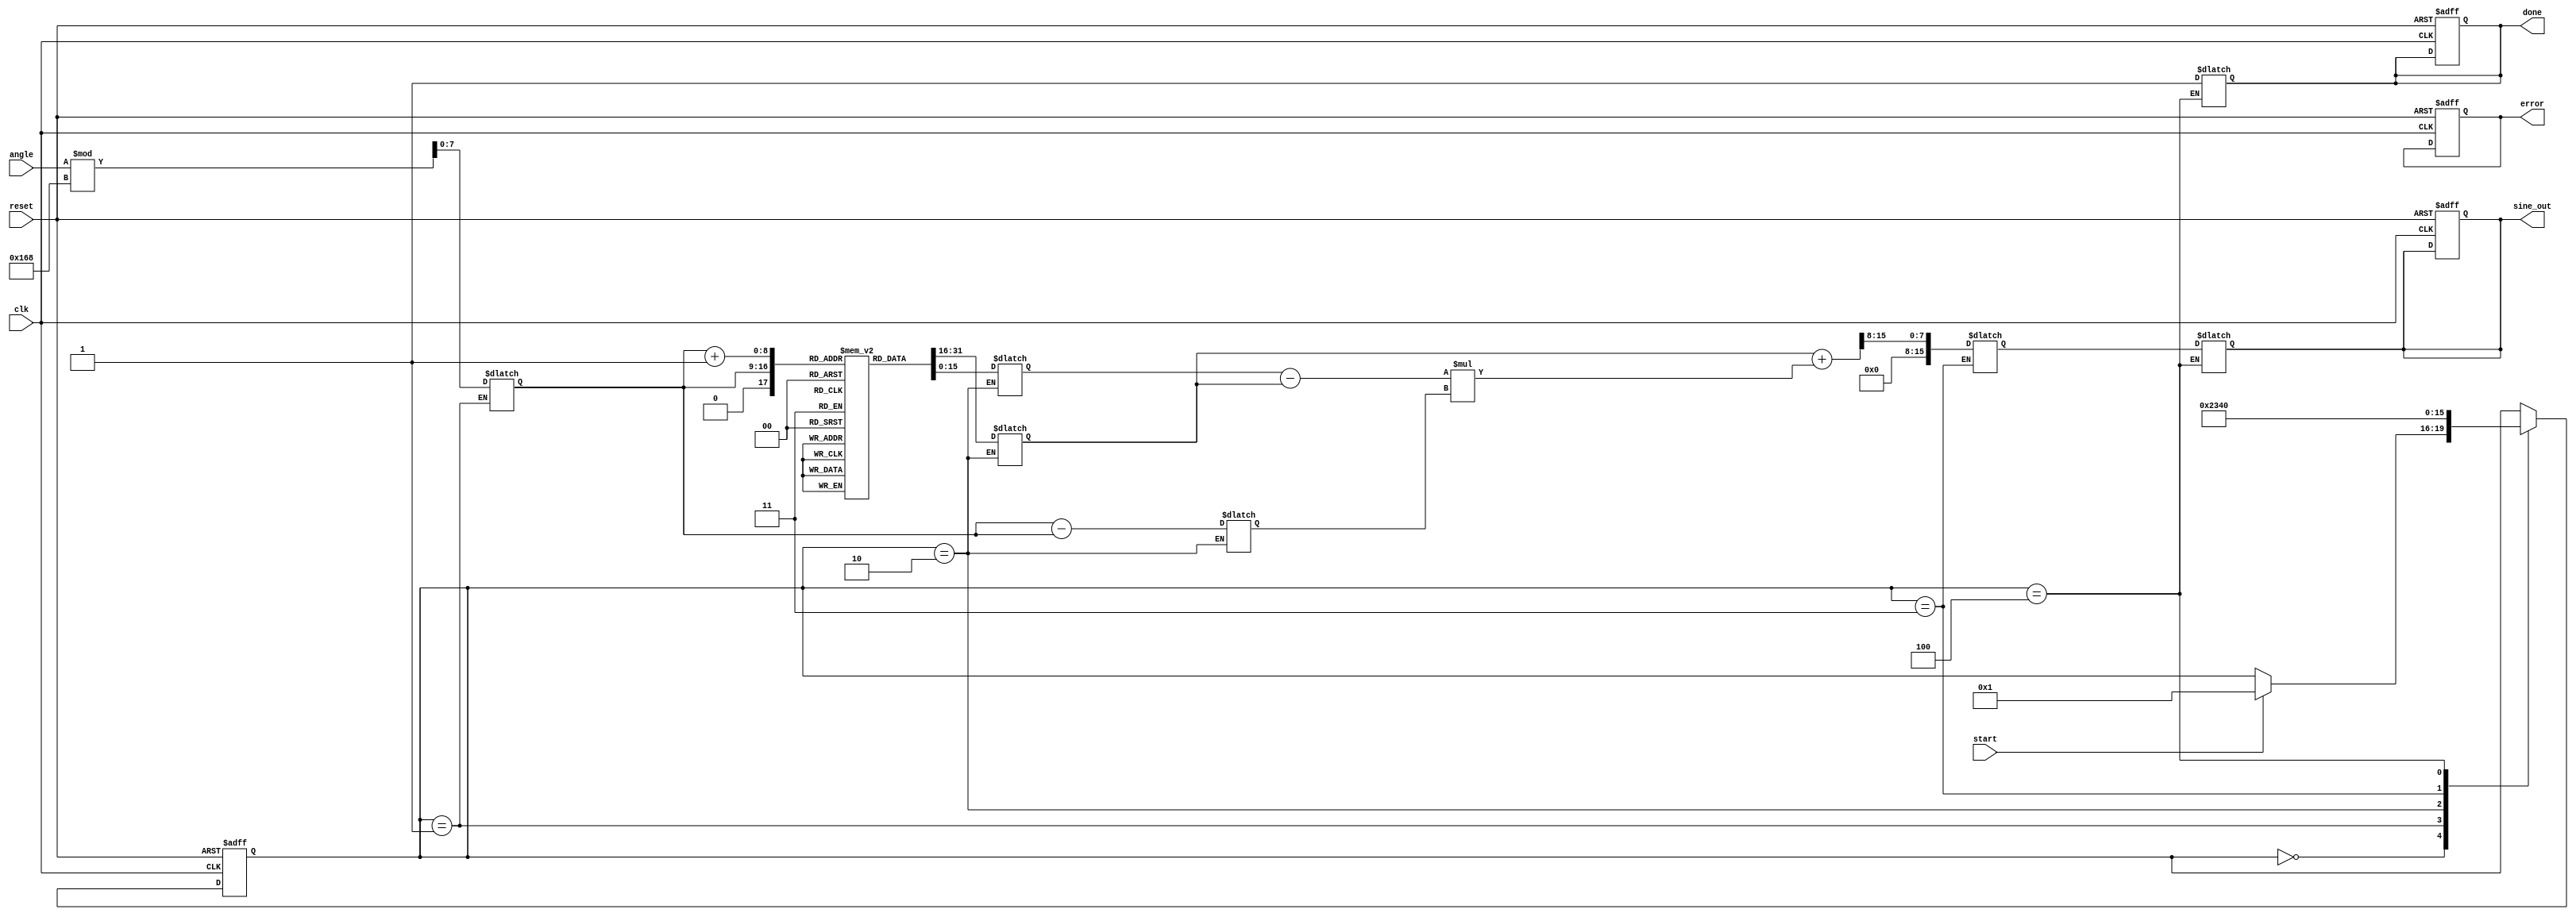
module SineBlock(
    input wire clk,
    input wire reset,
    input wire start,
    input wire [15:0] angle, // Input angle in radians (fixed-point)
    output reg [15:0] sine_out, // Output sine value (fixed-point)
    output reg done,
    output reg error
);

    // Parameters
    parameter LUT_SIZE = 360; // Size of the sine LUT (for 0 to 360 degrees)
    parameter LUT_WIDTH = 16; // Width of the sine LUT values
    reg [LUT_WIDTH-1:0] sine_lut [0:LUT_SIZE-1]; // Sine Lookup Table
    reg [15:0] normalized_angle; // Normalized angle
    reg [7:0] index; // LUT index for sine value
    reg [15:0] sine1, sine2; // Sine values from LUT for interpolation
    reg [7:0] frac_index; // Fractional index for interpolation
    reg [15:0] sine_interp; // Interpolated sine value
    reg [3:0] state; // FSM state
    reg [3:0] next_state; // Next state for FSM

    // State encoding
    localparam IDLE = 4'b0000,
               NORMALIZE = 4'b0001,
               LOOKUP = 4'b0010,
               INTERPOLATE = 4'b0011,
               OUTPUT = 4'b0100;

    // Initialize the sine lookup table (values should be precomputed)
    initial begin
        // Populate sine_lut with precomputed sine values (0 to 360 degrees)
        // Example: sine_lut[0] = 0, sine_lut[90] = 16384, sine_lut[180] = 32767, ...
        // This is a placeholder; in a real implementation, you would fill in the values.
        // sine_lut[0] = 0; sine_lut[1] = 0; ... sine_lut[90] = 16384; ... sine_lut[180] = 32767; ...
    end

    // State machine for sine computation
    always @(posedge clk or posedge reset) begin
        if (reset) begin
            state <= IDLE;
            sine_out <= 0;
            done <= 0;
            error <= 0;
        end else begin
            state <= next_state;
        end
    end

    always @(*) begin
        next_state = state; // Default to hold current state
        case (state)
            IDLE: begin
                if (start) begin
                    next_state = NORMALIZE;
                end
            end
            NORMALIZE: begin
                // Normalize angle to [0, 360)
                normalized_angle = angle % 360;
                next_state = LOOKUP;
            end
            LOOKUP: begin
                // Compute LUT index
                index = normalized_angle[7:0]; // Assuming angle is in degrees
                sine1 = sine_lut[index];
                sine2 = sine_lut[index + 1]; // Get next LUT value (wrap around if necessary)
                frac_index = normalized_angle[7:0] - index; // Fractional part for interpolation
                next_state = INTERPOLATE;
            end
            INTERPOLATE: begin
                // Simple linear interpolation
                sine_interp = sine1 + ((sine2 - sine1) * frac_index) >> 8; // Adjust for fixed-point
                next_state = OUTPUT;
            end
            OUTPUT: begin
                sine_out = sine_interp;
                done = 1;
                next_state = IDLE; // Go back to IDLE
            end
        endcase
    end

endmodule